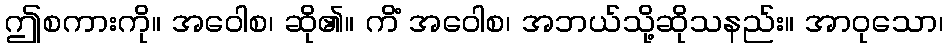
ဤစကားကို။ အဝေါစ၊ ဆို၏။ ကိံ အဝေါစ၊ အဘယ်သို့ဆိုသနည်း။ အာဝုသော၊